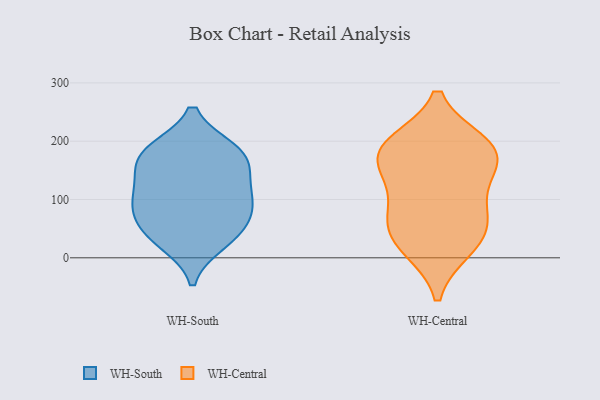
{"axis": {"x": "Waste Production (Tons)", "y": "Value"}, "legend": ["WH-Central", "WH-South"], "data": [{"x": "", "y": 47, "type": "WH-South"}, {"x": "", "y": 121, "type": "WH-South"}, {"x": "", "y": 184, "type": "WH-South"}, {"x": "", "y": 87, "type": "WH-South"}, {"x": "", "y": 168, "type": "WH-South"}, {"x": "", "y": 92, "type": "WH-South"}, {"x": "", "y": 27, "type": "WH-South"}, {"x": "", "y": 39, "type": "WH-South"}, {"x": "", "y": 174, "type": "WH-South"}, {"x": "", "y": 130, "type": "WH-South"}, {"x": "", "y": 183, "type": "WH-South"}, {"x": "", "y": 83, "type": "WH-South"}, {"x": "", "y": 159, "type": "WH-Central"}, {"x": "", "y": 50, "type": "WH-Central"}, {"x": "", "y": 15, "type": "WH-Central"}, {"x": "", "y": 15, "type": "WH-Central"}, {"x": "", "y": 197, "type": "WH-Central"}, {"x": "", "y": 197, "type": "WH-Central"}, {"x": "", "y": 183, "type": "WH-Central"}, {"x": "", "y": 157, "type": "WH-Central"}, {"x": "", "y": 64, "type": "WH-Central"}, {"x": "", "y": 95, "type": "WH-Central"}, {"x": "", "y": 191, "type": "WH-Central"}, {"x": "", "y": 61, "type": "WH-Central"}, {"x": "", "y": 130, "type": "WH-Central"}]}